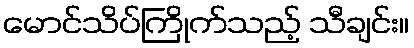
မောင်သိပ်ကြိုက်သည့် သီချင်း။